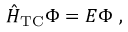
\hat { H } _ { \mathrm { T C } } \Phi = E \Phi \; ,